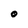
Character: O